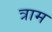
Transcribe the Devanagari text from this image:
त्राम